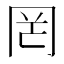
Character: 罔